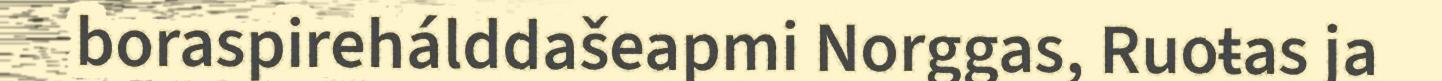
boraspirehálddašeapmi Norggas, Ruoŧas ja